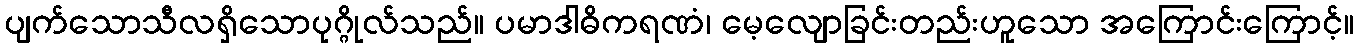
ပျက်သောသီလရှိသောပုဂ္ဂိုလ်သည်။ ပမာဒါဓိကရဏံ၊ မေ့လျောခြင်းတည်းဟူသော အကြောင်းကြောင့်။